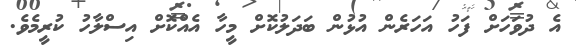
އެ ދުވަހަށް ފަހު އަހަރެން އުޅުން ބަދަލުކޮށް މީހާ އެއްކޮށް އިސްލާހު ކުރީމެވެ.